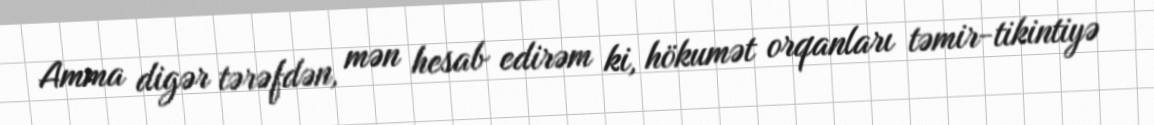
Amma digər tərəfdən, mən hesab edirəm ki, hökumət orqanları təmir-tikintiyə